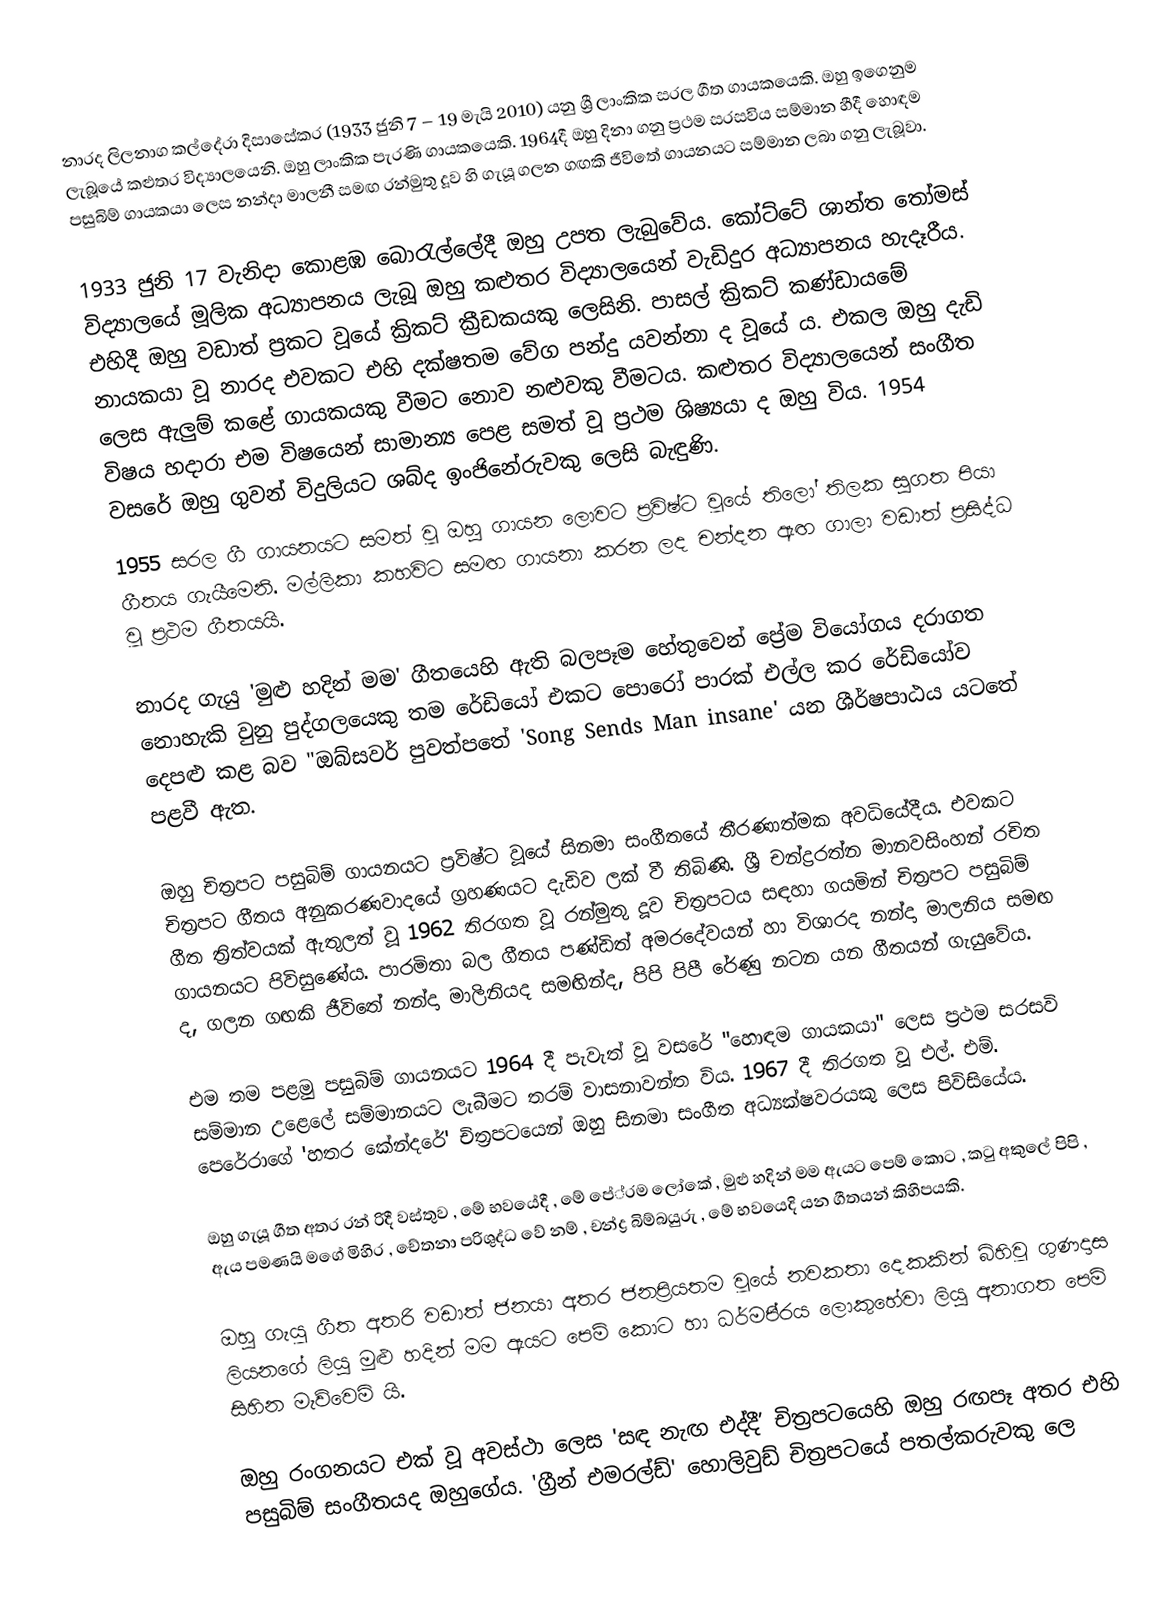
නාරද ලිලනාග කල්දේරා දිසාසේකර (1933 ජුනි 7 – 19 මැයි 2010) යනු ශ්‍රී ලාංකික සරල ගීත ගායකයෙකි. ඔහු ඉගෙනුම ලැබූයේ කළුතර විද්‍යාලයෙනි. ඔහු ලාංකික පැරණි ගායකයෙකි. 1964දී ඔහු දිනා ගනු ප්‍රථම සරසවිය සම්මාන හීදී හොඳම පසුබිම් ගායකයා ලෙස නන්දා මාලනී සමඟ රන්මුතු දූව හි ගැයූ ගලන ගඟකි ජීවිතේ ගායනයට සම්මාන ලබා ගනු ලැබූවා.

1933 ජුනි 17 වැනිදා කොළඹ බොරැල්ලේදී ඔහු උපත ලැබුවේය. කෝට්ටේ ශාන්ත තෝමස් විද්‍යාලයේ මූලික අධ්‍යාපනය ලැබූ ඔහු කළුතර විද්‍යාලයෙන් වැඩිදුර අධ්‍යාපනය හැදෑරීය. එහිදී ඔහු වඩාත් ප්‍රකට වූයේ ක්‍රිකට් ක්‍රීඩකයකු ලෙසිනි. පාසල් ක්‍රිකට් කණ්ඩායමේ නායකයා වූ නාරද එවකට එහි දක්ෂතම වේග පන්දු යවන්නා ද වූයේ ය. එකල ඔහු දැඩි ලෙස ඇලුම් කළේ ගායකයකු වීමට නොව නළුවකු වීමටය. කළුතර විද්‍යාලයෙන් සංගීත විෂය හදාරා එම විෂයෙන් සාමාන්‍ය පෙළ සමත් වූ ප්‍රථම ශිෂ්‍යයා ද ඔහු විය. 1954 වසරේ ඔහු ගුවන් විදුලියට ශබ්ද ඉංජිනේරුවකු ලෙසි බැඳුණි.
1955 සරල ගී ගායනයට සමත් වූ ඔහු ගායන ලොවට ප්‍රවිෂ්ට වූයේ තිලෝ තිලක සුගත පියා ගීතය ගැයීමෙනි. මල්ලිකා කහවිට සමඟ ගායනා කරන ලද චන්දන ඇඟ ගාලා වඩාත් ප්‍රසිද්ධ වූ ප්‍රථම ගීතයයි.

නාරද ගැයු 'මුළු හදින් මම' ගීතයෙහි ඇති බලපෑම හේතුවෙන් ප්‍රේම වියෝගය දරාගත නොහැකි වුනු පුද්ගලයෙකු තම රේඩියෝ එකට පොරෝ පාරක් එල්ල කර රේඩියෝව දෙපළු කළ බව "ඔබ්සවර් පුවත්පතේ 'Song Sends Man insane' යන ශීර්ෂපාඨය යටතේ පළවී ඇත.

ඔහු චිත්‍රපට පසුබිම් ගායනයට ප්‍රවිෂ්ට වූයේ සිනමා සංගීතයේ තීරණාත්මක අවධියේදීය. එවකට චිත්‍රපට ගීතය අනුකරණවාදයේ ග්‍රහණයට දැඩිව ලක් වී තිබිණි. ශ්‍රී චන්ද්‍රරත්න මානවසිංහන් රචිත ගීත ත්‍රිත්වයක් ඇතුලත් වූ 1962 තිරගත වූ රන්මුතු දූව චිත්‍රපටය සඳහා ගයමින් චිත්‍රපට පසුබිම් ගායනයට පිවිසුණේය. පාරමිතා බල ගීතය පණ්ඩිත් අමරදේවයන් හා විශාරද නන්දා මාලනිය සමඟ ද, ගලන ගඟකි ජීවිතේ නන්දා මාලිනියද සමඟින්ද, පිපි පිපී රේණු නටන යන ගීතයන් ගැයුවේය.

එම තම පළමු පසුබිම් ගායනයට 1964 දී පැවැත් වූ වසරේ "හොඳම ගායකයා" ලෙස ප්‍රථම සරසවි සම්මාන උළෙලේ සම්මානයට ලැබීමට තරම් වාසනාවන්ත විය. 1967 දී තිරගත වූ එල්. එම්. පෙරේරාගේ 'හතර කේන්දරේ' චිත්‍රපටයෙන් ඔහු සිනමා සංගීත අධ්‍යක්ෂවරයකු ලෙස පිවිසියේය.

ඔහු ගැයූ ගීත අතර රන් රිදී වස්තුව , මේ භවයේදී , මේ පේ‍්‍රම ලෝකේ , මුළු හදින් මම ඇයට පෙම් කොට , කටු අකුලේ පිපි , ඇය පමණයි මගේ මිහිර , චේතනා පරිශුද්ධ වේ නම් , චන්ද්‍ර බිම්බයුරු , මේ භවයෙදි යන ගීතයන් කිහිපයකි.

ඔහු ගැයූ ගීත අතරි වඩාත් ජනයා අතර ජනප්‍රියතම වූයේ නවකතා දෙකකින් බිහිවූ ගුණදාස ලියනගේ ලියු මුළු හදින් මම ඇයට පෙම් කොට හා ධර්මපි‍්‍රය ලොකුහේවා ලියු අනාගත පෙම් සිහින මැව්වෙමි යි.

ඔහු රංගනයට එක් වූ අවස්ථා ලෙස 'සඳ නැඟ එද්දී’ චිත්‍රපටයෙහි ඔහු රඟපෑ අතර එහි පසුබිම් සංගීතයද ඔහුගේය. 'ග්‍රීන් එමරල්ඩ්' හොලිවුඩ් චිත්‍රපටයේ පතල්කරුවකු ලෙ